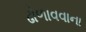
ઢોળાવવાના